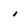
Character: i